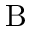
\mathrm { B }